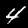
Digit: 4